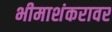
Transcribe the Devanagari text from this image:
भीमाशंकरावर